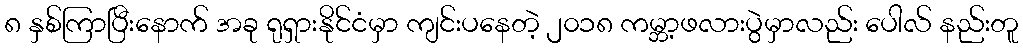
၈ နှစ်ကြာပြီးနောက် အခု ရုရှားနိုင်ငံမှာ ကျင်းပနေတဲ့ ၂၀၁၈ ကမ္ဘာ့ဖလားပွဲမှာလည်း ပေါလ် နည်းတူ